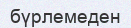
бүрлемеден